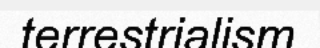
terrestrialism